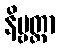
နိဗ္ဗတ္တာ